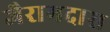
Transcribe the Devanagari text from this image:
जैरामदास